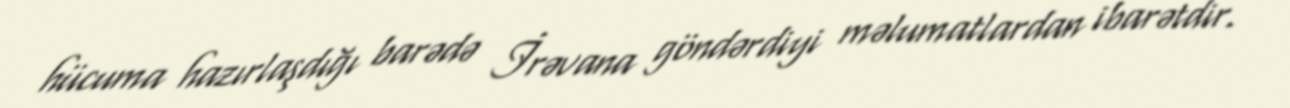
hücuma hazırlaşdığı barədə İrəvana göndərdiyi məlumatlardan ibarətdir.